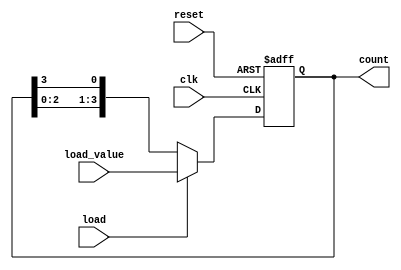
module LoadableRingCounter (
    input wire clk,          // Clock signal
    input wire reset,        // Asynchronous reset signal
    input wire load,         // Load control signal
    input wire [N-1:0] load_value, // Value to load into the counter
    output reg [N-1:0] count // Current state of the counter
);
    parameter N = 4; // Number of bits (or flip-flops) in the counter

    always @(posedge clk or posedge reset) begin
        if (reset) begin
            // Asynchronous reset to zero
            count <= 0;
        end else if (load) begin
            // Load the specified value into the counter
            count <= load_value;
        end else begin
            // Normal counting mode (ring counter behavior)
            // Shift the current state to the right
            count <= {count[N-2:0], count[N-1]};
        end
    end
endmodule